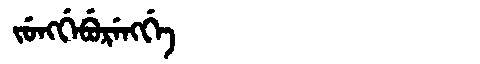
Manchu: ᠵᡠᠩᡤᡝᠪᡠᡵᡝᠩᡤᡝ
Romanization: JUNGGEBURENGGE